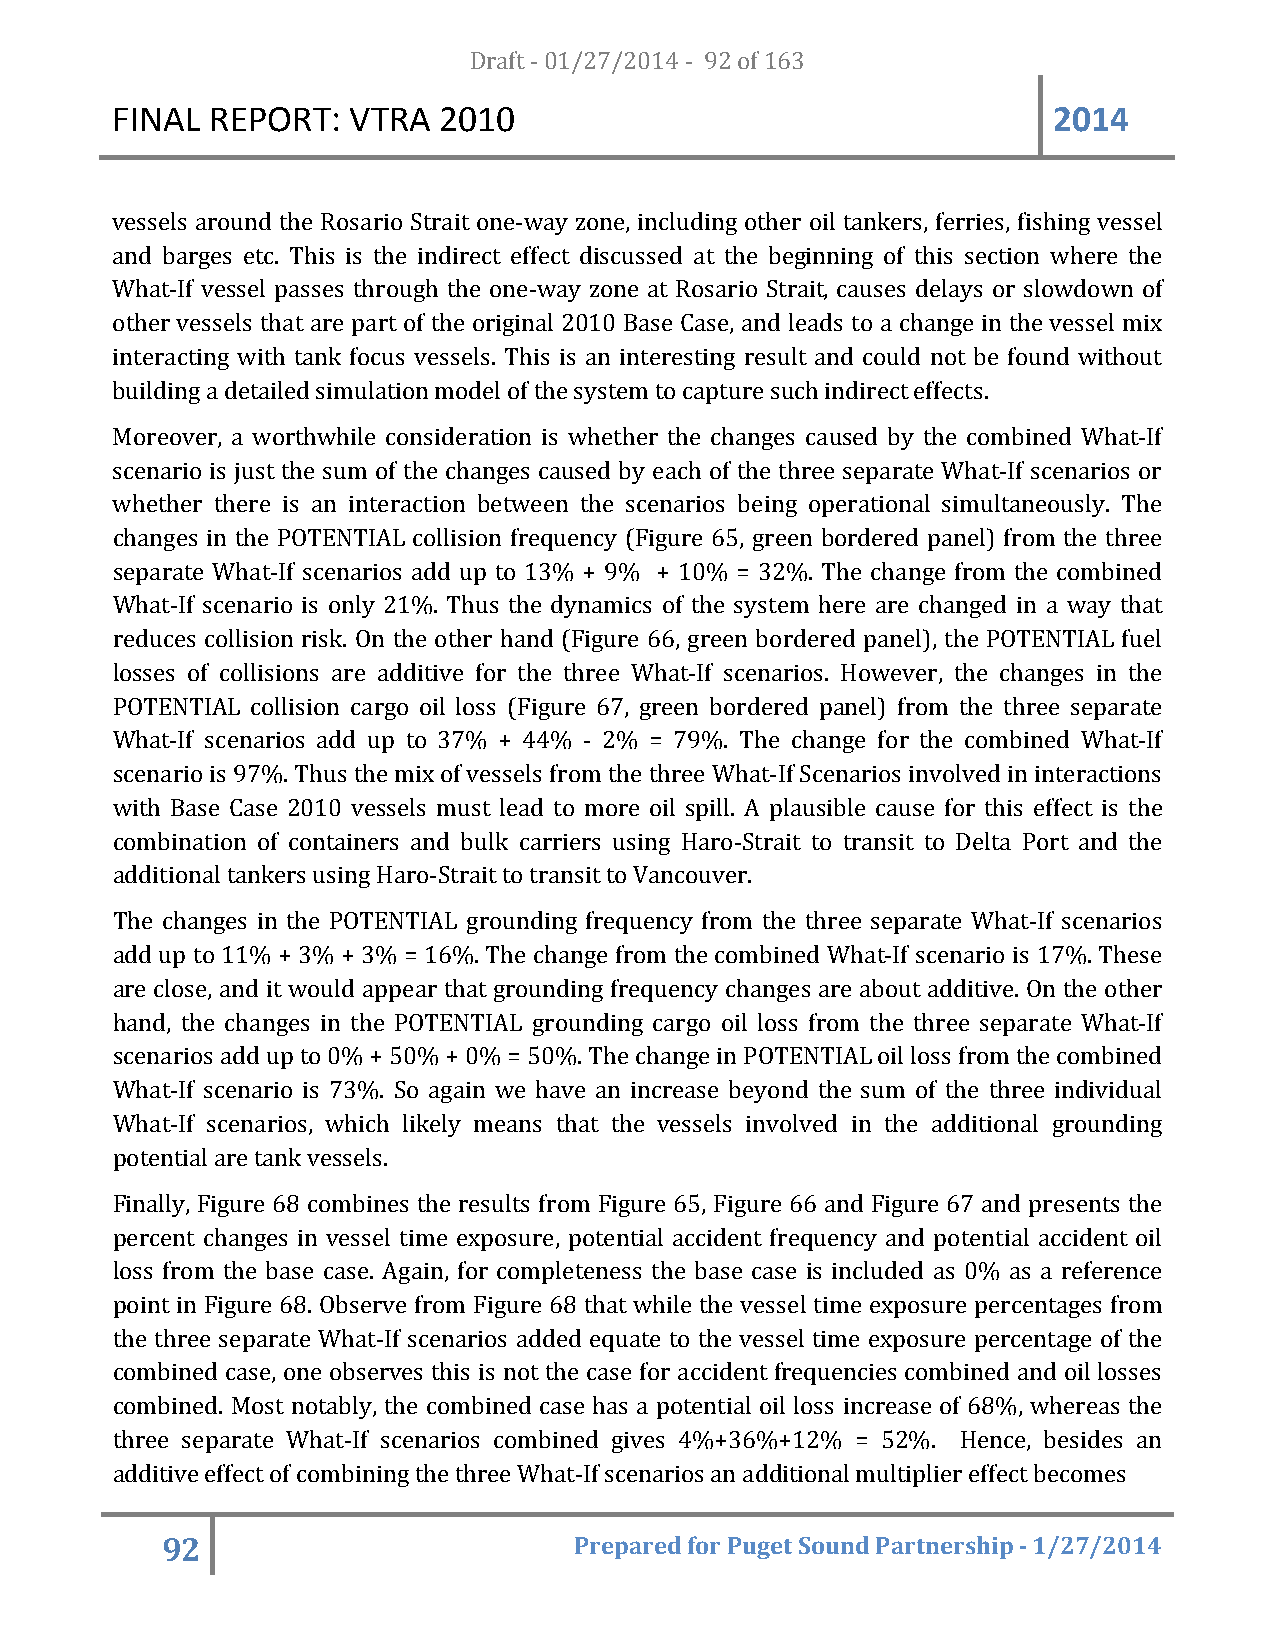
FINAL  REPORT:  VTRA  20D1r0af t - 01/27/2014 - 92 of 163      2014
 vessels around the Rosario Strait one-way zone, including other oil tankers, ferries, fishing vessel
 and barges etc. This is the indirect effect discussed at the beginning of this section where the
 What-If vessel passes through the one-way zone at Rosario Strait, causes delays or slowdown of
 other vessels that are part of the original 2010 Base Case, and leads to a change in the vessel mix
 interacting with tank focus vessels. This is an interesting result and could not be found without
 building a detailed simulation model of the system to capture such indirect effects.
 Moreover, a worthwhile consideration is whether the changes caused by the combined What-If
 scenario is just the sum of the changes caused by each of the three separate What-If scenarios or
 whether there is an interaction between the scenarios being operational simultaneously. The
 changes in the POTENTIAL collision frequency (Figure 65, green bordered panel) from the three
 separate What-If scenarios add up to 13% + 9% + 10% = 32%. The change from the combined
 What-If scenario is only 21%. Thus the dynamics of the system here are changed in a way that
 reduces collision risk. On the other hand (Figure 66, green bordered panel), the POTENTIAL fuel
 losses of collisions are additive for the three What-If scenarios. However, the changes in the
 POTENTIAL collision cargo oil loss (Figure 67, green bordered panel) from the three separate
 What-If scenarios add up to 37% + 44% - 2% = 79%. The change for the combined What-If
 scenario is 97%. Thus the mix of vessels from the three What-If Scenarios involved in interactions
 with Base Case 2010 vessels must lead to more oil spill. A plausible cause for this effect is the
 combination of containers and bulk carriers using Haro-Strait to transit to Delta Port and the
 additional tankers using Haro-Strait to transit to Vancouver.
 The changes in the POTENTIAL grounding frequency from the three separate What-If scenarios
 add up to 11% + 3% + 3% = 16%. The change from the combined What-If scenario is 17%. These
 are close, and it would appear that grounding frequency changes are about additive. On the other
 hand, the changes in the POTENTIAL grounding cargo oil loss from the three separate What-If
 scenarios add up to 0% + 50% + 0% = 50%. The change in POTENTIAL oil loss from the combined
 What-If scenario is 73%. So again we have an increase beyond the sum of the three individual
 What-If scenarios, which likely means that the vessels involved in the additional grounding
 potential are tank vessels.
 Finally, Figure 68 combines the results from Figure 65, Figure 66 and Figure 67 and presents the
 percent changes in vessel time exposure, potential accident frequency and potential accident oil
 loss from the base case. Again, for completeness the base case is included as 0% as a reference
 point in Figure 68. Observe from Figure 68 that while the vessel time exposure percentages from
 the three separate What-If scenarios added equate to the vessel time exposure percentage of the
 combined case, one observes this is not the case for accident frequencies combined and oil losses
 combined. Most notably, the combined case has a potential oil loss increase of 68%, whereas the
 three separate What-If scenarios combined gives 4%+36%+12% = 52%. Hence, besides an
 additive effect of combining the three What-If scenarios an additional multiplier effect becomes
 92                         Prepared for Puget Sound Partnership - 1/27/2014